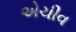
એચીવ